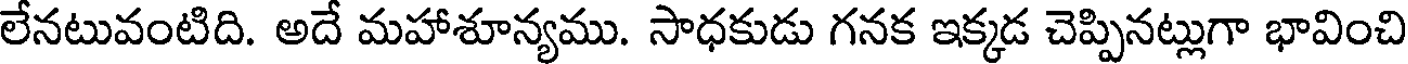
లేనటువంటిది. అదే మహాశూన్యము. సాధకుడు గనక ఇక్కడ చెప్పినట్లుగా భావించి